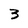
Character: 3